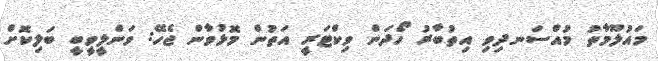
މައުލޫމާތު މުއްސަނދިވި އިތުބާރު ހޯދަން ވިކްޓަރީ އަތުން މޮޅުވާން ޖެހޭ: ވަންލީވީބީ ބަލިކޮށް